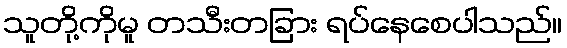
သူတို့ကိုမူ တသီးတခြား ရပ်နေစေပါသည်။